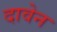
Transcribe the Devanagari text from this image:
दावेन